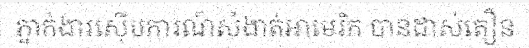
ភ្នាក់ងារស៊ើបការណ៍សំងាត់អាមេរិក បានដាស់តឿន